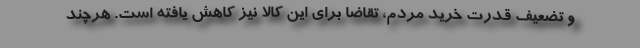
و تضعيف قدرت خريد مردم، تقاضا براي اين كالا نيز كاهش يافته است. هرچند